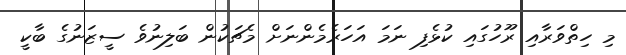
މި ހިތްވަރާއި ރޫހުގައި ކުޅެފި ނަމަ އަހަރެމެންނަށް މެޗަކުން ބަލިނުވެ ސީޒަނުގެ ބާކީ